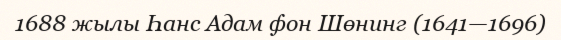
1688 жылы Һанс Адам фон Шөнинг (1641—1696)